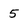
Character: 5